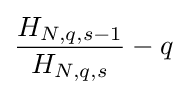
{\frac {H_{N,q,s-1}}{H_{N,q,s}}}-q